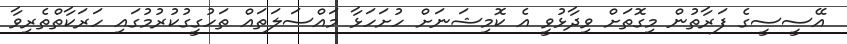
އޭސީސީގެ ފަރާތުން މިގޮތަށް ވިދާޅުވީ އެ ކޮމިޝަނަށް ހުށަހަޅާ މައްސަލަތައް ތަހުގީގުކުރުމުގައި ހަރަކާތްތެރިވާ